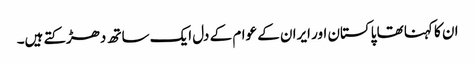
ان کا کہنا تھا پاکستان اور ایران کے عوام کے دل ایک ساتھ دھڑکتے ہیں۔